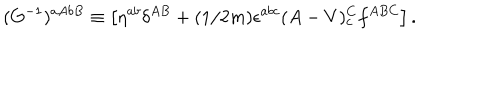
( G ^ { - 1 } ) ^ { a A b B } \equiv \left[ \eta ^ { a b } \delta ^ { A B } + ( 1 / 2 m ) \epsilon ^ { a b c } ( A - V ) _ { c } ^ { C } f ^ { A B C } \right] .